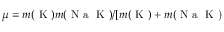
\mu = m ( \textrm { K } ) m ( \textrm { N a } \textrm { K } ) / [ m ( \textrm { K } ) + m ( \textrm { N a } \textrm { K ) }